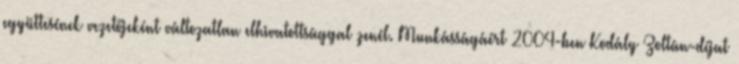
együttesének vezetőjeként változatlan elhivatottsággal zenél. Munkásságáért 2004-ben Kodály Zoltán-díjat